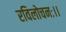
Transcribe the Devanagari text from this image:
रविलोचनः।।